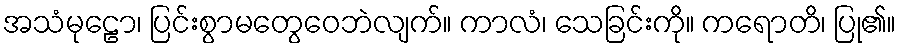
အသံမုဠော၊ ပြင်းစွာမတွေဝေဘဲလျက်။ ကာလံ၊ သေခြင်းကို။ ကရောတိ၊ ပြု၏။